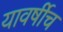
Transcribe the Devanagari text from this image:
यावर्षीच